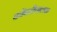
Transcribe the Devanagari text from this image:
कोंबडीपालक